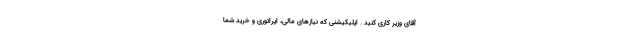
آقای وزیر کاری کنید . اپلیکیشنی که نیازهای مالی، اپراتوری و خرید شما